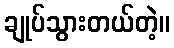
ချုပ်သွားတယ်တဲ့။